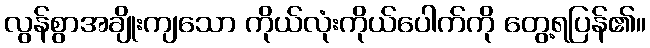
လွန်စွာအချိုးကျသော ကိုယ်လုံးကိုယ်ပေါက်ကို တွေ့ရပြန်၏။